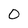
Character: 0